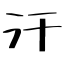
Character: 汗